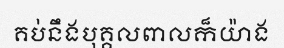
គប់នឹងបុគ្គលពាលក៏យ៉ាង